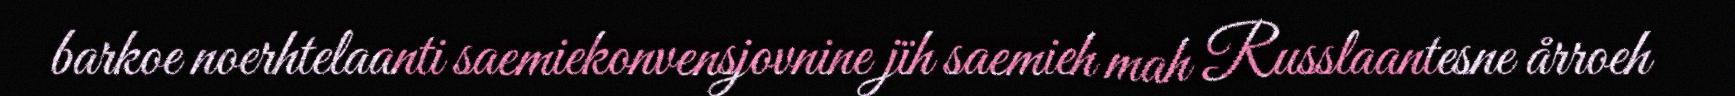
barkoe noerhtelaanti saemiekonvensjovnine jïh saemieh mah Russlaantesne årroeh